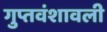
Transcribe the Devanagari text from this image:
गुप्तवंशावली